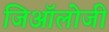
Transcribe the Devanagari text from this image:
जिऑलोजी